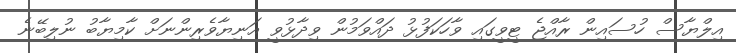
އިލްޔާސް ހުސައިން ރާއްޖެ ޓީވީގައި ވާހަކަފުޅު ދައްވަމުން ވިދާޅުވީ އަނިޔާވެރިންނަށް ކާމިޔާބު ނުލިބޭނެ